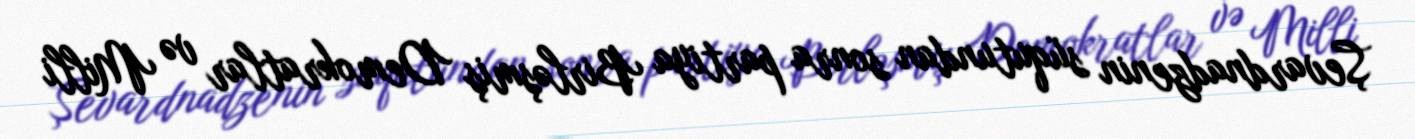
Şevardnadzenin süqutundan sonra partiya Birləşmiş Demokratlar və Milli